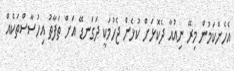
އެހެންކަމުން މިރޭ ނިއުއާ ދެކޮޅަށް ކުޅެން ޖެހުމަކީ ދަގަނޑޭ އަށް ތަފާތު އިހުސާސްތަކެއް